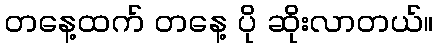
တနေ့ထက် တနေ့ ပို ဆိုးလာတယ်။